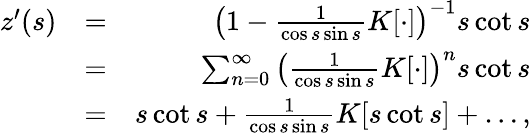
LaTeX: \begin{array}{rlr}{z^{\prime}(s)}&{=}&{\left(1-\frac{1}{\cos s\sin s}K[\cdot]\right)^{-1}s\cot s}\\ &{=}&{\sum_{n=0}^{\infty}\left(\frac{1}{\cos s\sin s}K[\cdot]\right)^{n}s\cot s}\\ &{=}&{s\cot s+\frac{1}{\cos s\sin s}K[s\cot s]+\ldots,}\end{array}